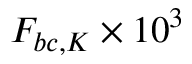
F _ { b c , K } \times 1 0 ^ { 3 }